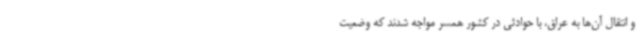
و انتقال آن‌ها به عراق، با حوادثی در کشور همسر مواجه شدند که وضعیت